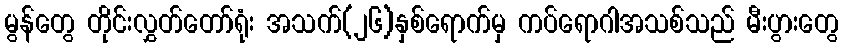
မွန်တွေ တိုင်းလွှတ်တော်ရုံး အသက်(၂၆)နှစ်ရောက်မှ ကပ်ရောဂါအသစ်သည် မီးပွားတွေ